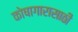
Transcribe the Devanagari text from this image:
कोषागारासाठी